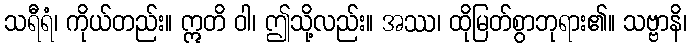
သရီရံ၊ ကိုယ်တည်း။ ဣတိ ဝါ၊ ဤသို့လည်း။ အဿ၊ ထိုမြတ်စွာဘုရား၏။ သဗ္ဗာနိ၊